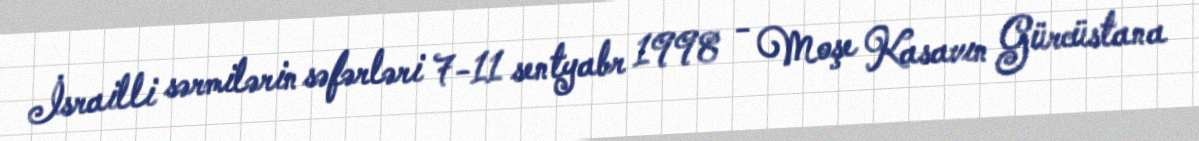
İsrailli sərmilərin səfərləri 7-11 sentyabr 1998 - Moşe Kasavın Gürcüstana